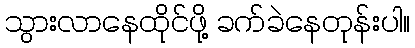
သွားလာနေထိုင်ဖို့ ခက်ခဲနေတုန်းပါ။